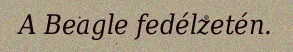
A Beagle fedélzetén.